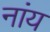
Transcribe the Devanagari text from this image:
नांय